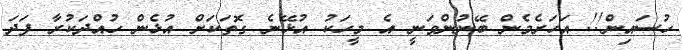
ހުސައިން!! އަހަރެމެން ބޭނުންވަނީ އެ މީހަކު އުޅޭނެ ގޮތަކަށް އުޅެން ހުއްދަކުރާ ފަދަ